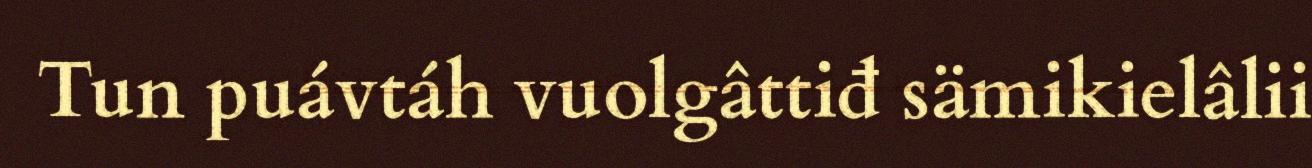
Tun puávtáh vuolgâttiđ sämikielâlii